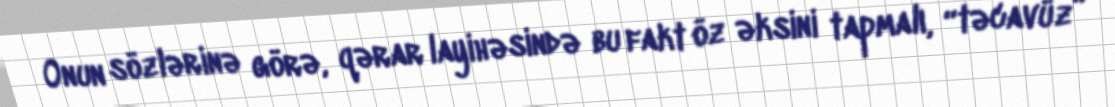
Onun sözlərinə görə, qərar layihəsində bu fakt öz əksini tapmalı, “təcavüz”